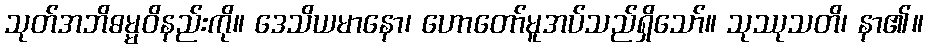
သုတ်အဘိဓမ္မဝိနည်းကို။ ဒေသိယမာနော၊ ဟောတော်မူအပ်သည်ရှိသော်။ သုဿုသတိ၊ နာ၏။